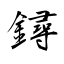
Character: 鐞